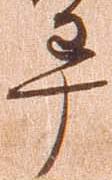
畢